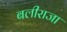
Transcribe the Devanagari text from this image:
बलीराजा